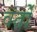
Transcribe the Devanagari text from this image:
वर्तों